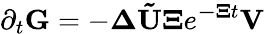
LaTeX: \partial_{t}\mathbf{G}=-\mathbf{\Delta}\mathbf{\tilde{U}}\mathbf{\Xi}e^{\mathbf{-\mathbf{\Xi}}t}\mathbf{V}